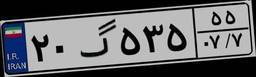
۱۴گ۲۴۲۵۷